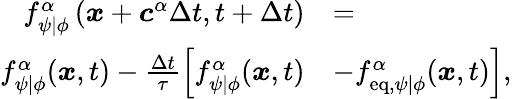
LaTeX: \begin{array}{rl}{f_{\psi\vert\phi}^{\alpha}\left(\boldsymbol{x}+\boldsymbol{c}^{\alpha}\Delta{t},t+\Delta{t}\right)}&{=}\\ {f_{\psi\vert\phi}^{\alpha}(\boldsymbol{x},t)-\frac{\Delta{t}}{\tau}\left[f_{\psi\vert\phi}^{\alpha}(\boldsymbol{x},t)\right.}&{\left.-f_{\mathrm{eq},\psi\vert\phi}^{\alpha}(\boldsymbol{x},t)\right],}\end{array}